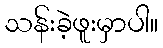
သန်းခဲ့ဖူးမှာပါ။